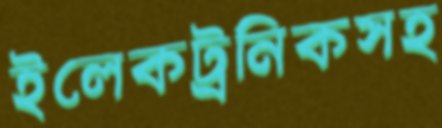
ইলেকট্রনিকসহ